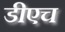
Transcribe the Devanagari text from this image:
डीएच